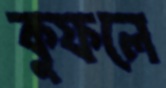
কুফলে